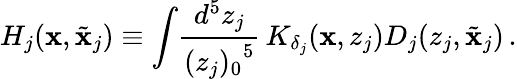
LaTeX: H_{j}(\mathbf{x},\tilde{{\mathbf{x}}}_{j})\equiv\int\! \frac{{d^{5}z_{j}}}{{{(z_{j})_{0}}^{5}}}\, K_{\delta_{j}}(\mathbf{x},z_{j})D_{j}(z_{j},\tilde{{\mathbf{x}}}_{j})\, .